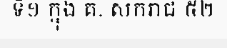
ទី១ ក្នុង គ. សករាជ ៥២